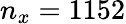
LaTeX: n_{x}=1152